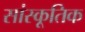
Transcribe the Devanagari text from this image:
सांस्कूतिक